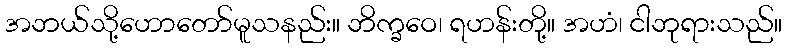
အဘယ်သို့ဟောတော်မူသနည်း။ ဘိက္ခဝေ၊ ရဟန်းတို့။ အဟံ၊ ငါဘုရားသည်။